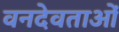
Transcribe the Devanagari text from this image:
वनदेवताओं